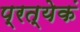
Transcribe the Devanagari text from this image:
प्रत्येकं